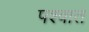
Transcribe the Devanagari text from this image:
पश्वात